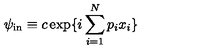
\psi _ { \mathrm { i n } } \equiv c \exp \{ i \sum _ { i = 1 } ^ { N } p _ { i } x _ { i } \} \,